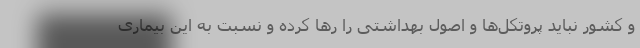
و کشور نباید پروتکل‌ها و اصول بهداشتی را رها کرده و نسبت به این بیماری